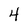
Character: 4